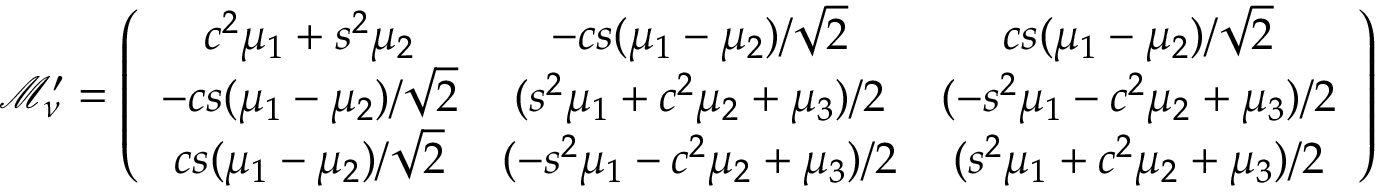
\mathcal { M } _ { \nu } ^ { \prime } = \left( \begin{array} { c c c } { { c ^ { 2 } \mu _ { 1 } + s ^ { 2 } \mu _ { 2 } } } & { { - c s ( \mu _ { 1 } - \mu _ { 2 } ) / \sqrt { 2 } } } & { { c s ( \mu _ { 1 } - \mu _ { 2 } ) / \sqrt { 2 } } } \\ { { - c s ( \mu _ { 1 } - \mu _ { 2 } ) / \sqrt { 2 } } } & { { ( s ^ { 2 } \mu _ { 1 } + c ^ { 2 } \mu _ { 2 } + \mu _ { 3 } ) / 2 } } & { { ( - s ^ { 2 } \mu _ { 1 } - c ^ { 2 } \mu _ { 2 } + \mu _ { 3 } ) / 2 } } \\ { { c s ( \mu _ { 1 } - \mu _ { 2 } ) / \sqrt { 2 } } } & { { ( - s ^ { 2 } \mu _ { 1 } - c ^ { 2 } \mu _ { 2 } + \mu _ { 3 } ) / 2 } } & { { ( s ^ { 2 } \mu _ { 1 } + c ^ { 2 } \mu _ { 2 } + \mu _ { 3 } ) / 2 } } \end{array} \right)